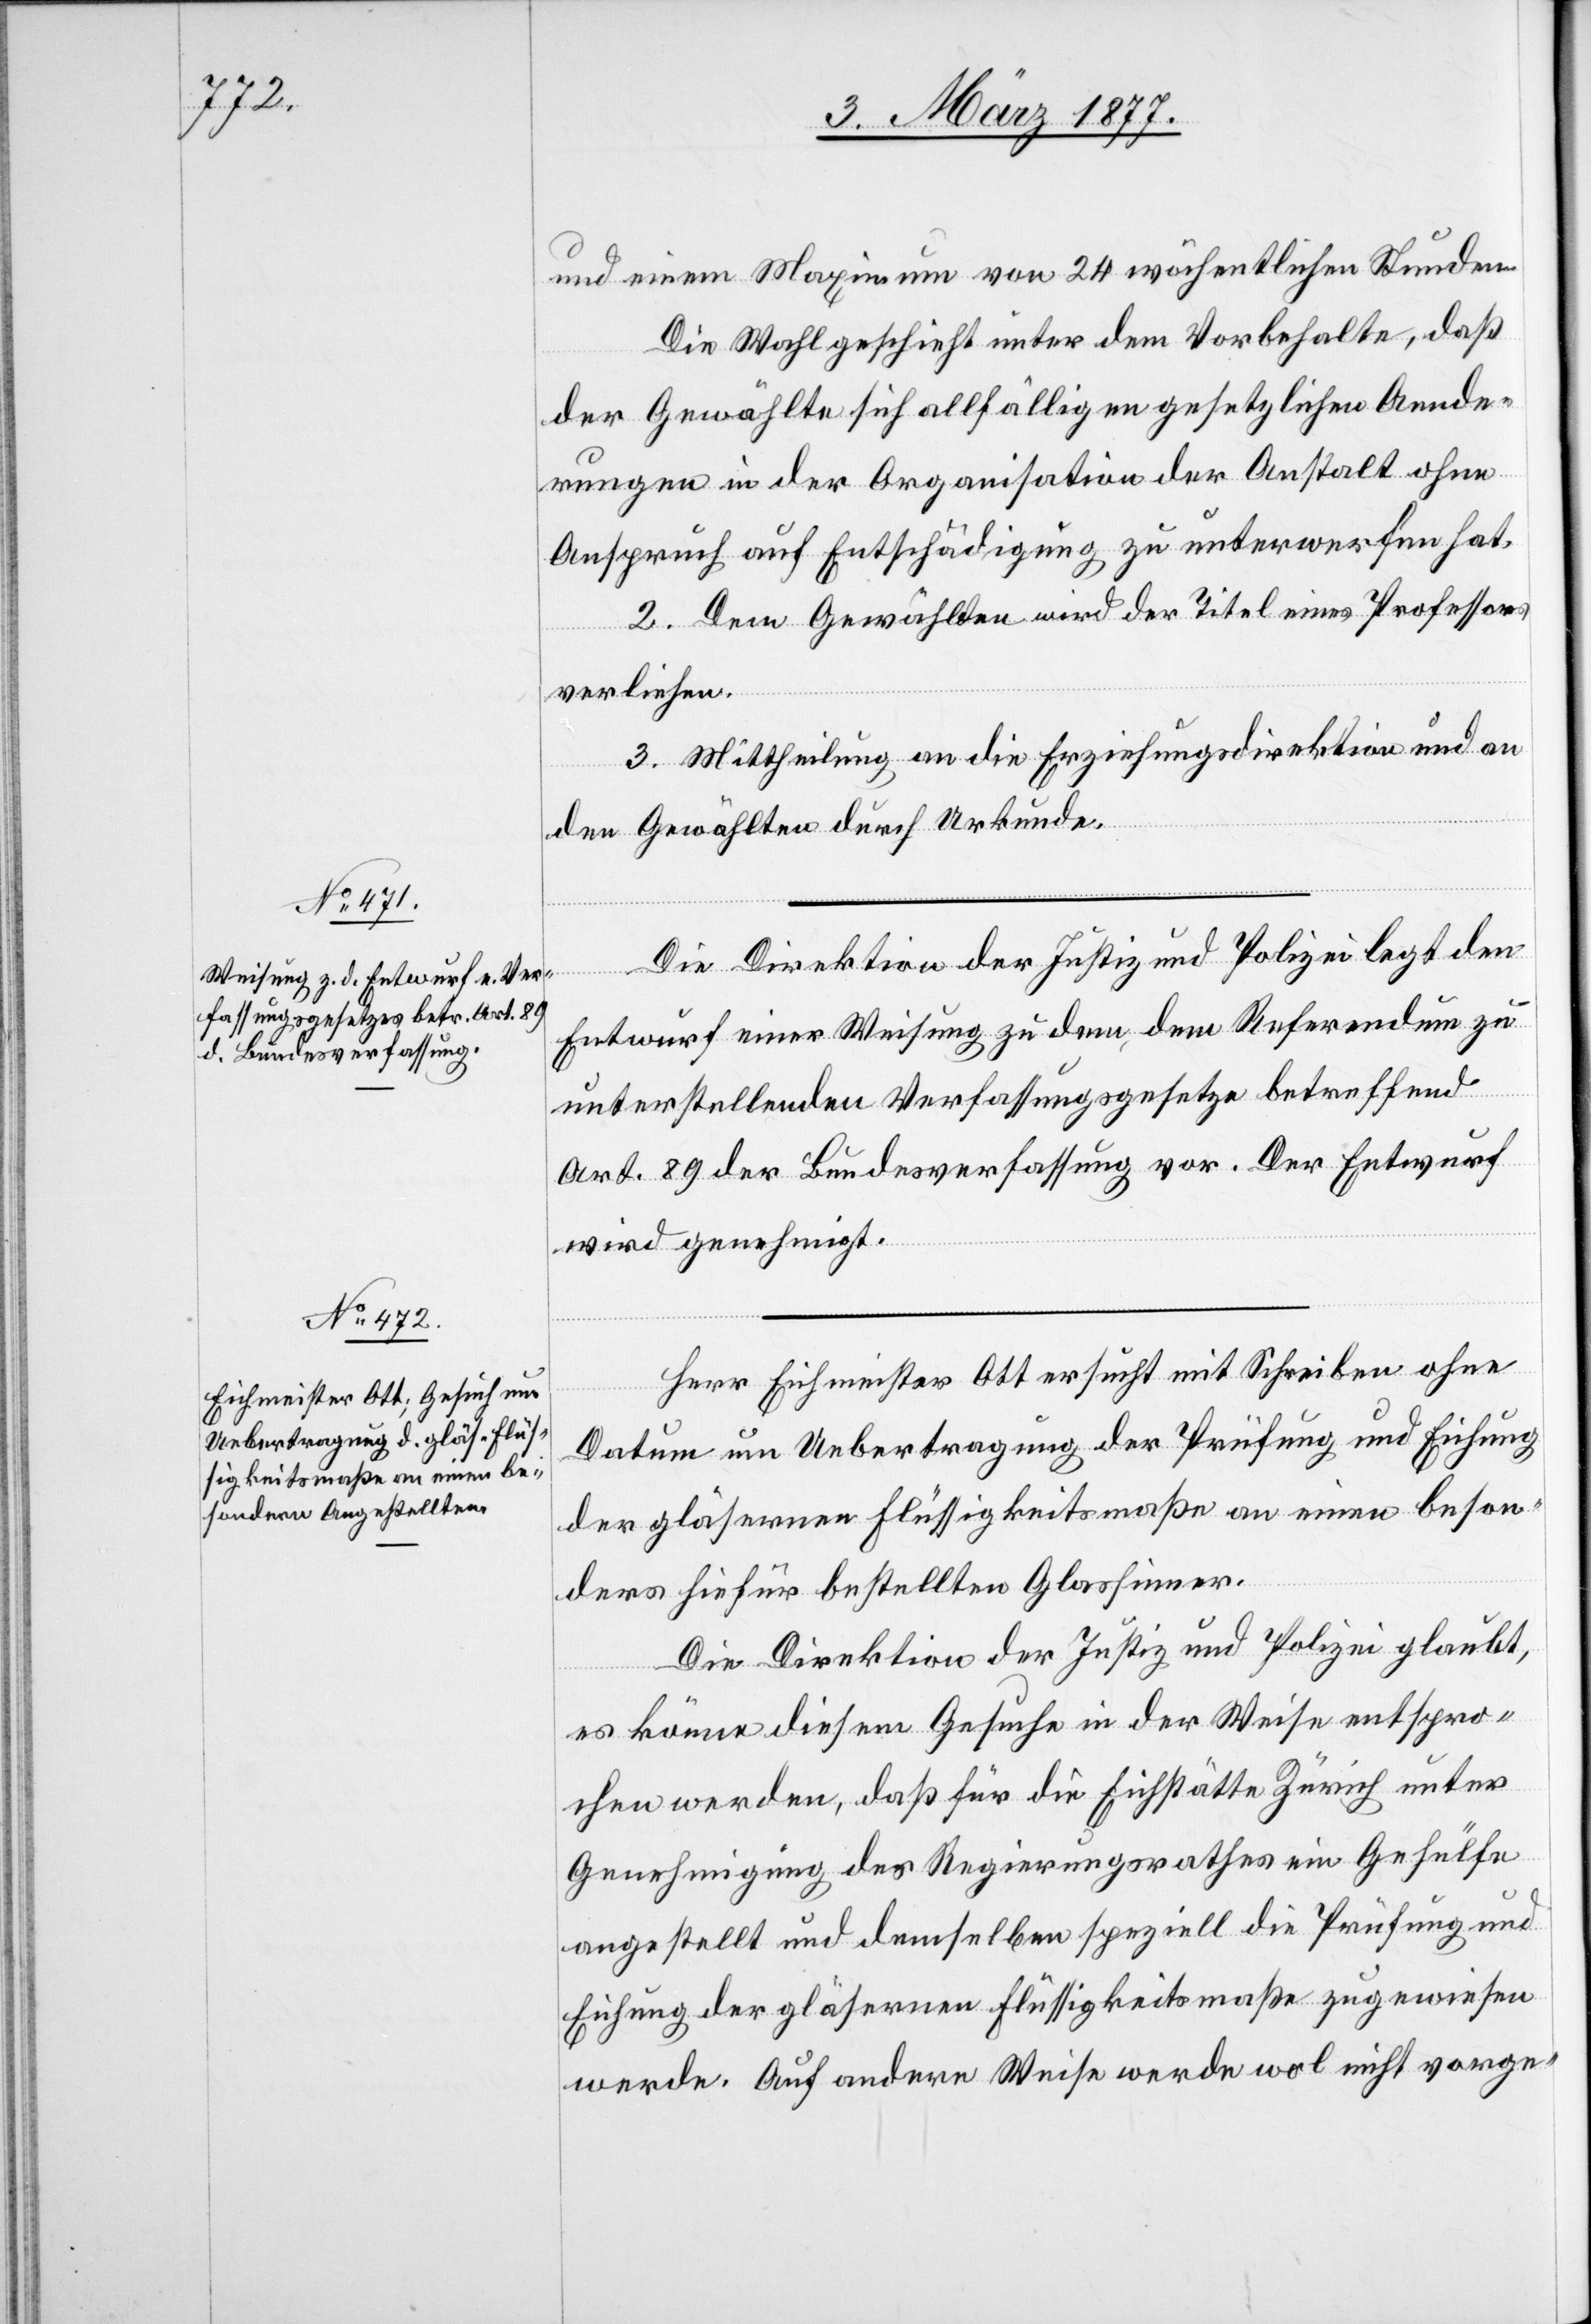
und einem Maximum von 24 wöchentlichen Stunden.
Die Wahl geschieht unter dem Vorbehalte, daß
der Gewählte sich allfälligen gesetzlichen Aende¬
rungen in der Organisation der Anstalt ohne
Anspruch auf Entschädigung zu unterwerfen hat.
2. Dem Gewählten wird der Titel eines Professors
verliehen.
3. Mittheilung an die Erziehungsdirektion und an
den Gewählten durch Urkunde.
Die Direktion der Justiz und Polizei legt den
Entwurf einer Weisung zu dem, dem Referendum zu
unterstellenden Verfassungsgesetze betreffend
Art. 89 der Bundesverfassung vor. Der Entwurf
wird genehmigt.
Herr Eichmeister Ott ersucht mit Schreiben ohne
Datum um Uebertragung der Prüfung und Eichung
der gläsernen Flüssigkeitsmaße an einen beson¬
ders hiefür bestellten Glassinner.
Die Direktion der Justiz und Polizei glaubt,
es könne diesem Gesuche in der Weise entspro¬
chen werden, daß für die Eichstätte Zürich unter
Genehmigung des Regierungsrathes ein Gehülfe
angestellt und demselben speziell die Prüfung und
Eichung der gläsernen Flüssigkeitsmaße zugewiesen
werde. Auf andere Weise werde wol nicht vorge-